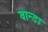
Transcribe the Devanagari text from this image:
वान्डा